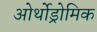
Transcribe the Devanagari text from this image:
ओर्थोड्रोमिक